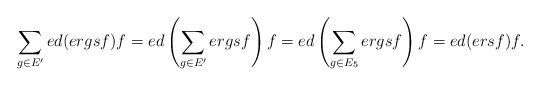
LaTeX: \begin{align*} \sum_{g\in E'}ed(ergsf)f=ed\left(\sum_{g\in E'}ergsf\right)f=ed\left(\sum_{g\in E_5}ergsf\right)f=ed(ersf)f. \end{align*}